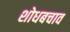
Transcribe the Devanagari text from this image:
शोधबचाव